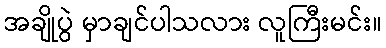
အချိုပွဲ မှာချင်ပါသလား လူကြီးမင်း။